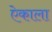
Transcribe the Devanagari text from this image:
ऐकाला